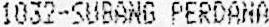
1032-SUBANG PERDANA